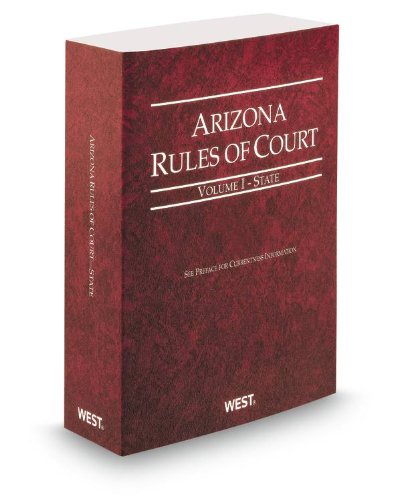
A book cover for Arizona Rules of Court - State, 2013 ed. (Vol. I, Arizona Court Rules); Thomson West; Law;